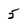
Character: 5